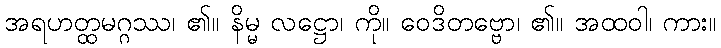
အရဟတ္ထမဂ္ဂဿ၊ ၏။ နိမ္မ လဋ္ဌော၊ ကို။ ဝေဒိတဗ္ဗော၊ ၏။ အထဝါ၊ ကား။